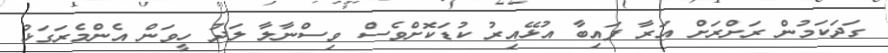
ގަދަކަމުން ރަށްރަށް އަރާ ފައިބާ އުޅޭއިރު ކުޑަކޮށްވެސް ވިސްނާލާ ލަދު ހީވަން އެންމެރަގަޅު